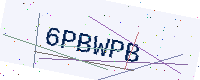
Text: 6PBWPB